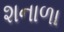
શનાળા